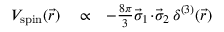
\begin{array} { r l r } { V _ { \mathrm { s p i n } } ( \vec { r } ) } & { { } \propto } & { - \frac { 8 \pi } { 3 } \vec { \sigma } _ { 1 } \! \cdot \! \vec { \sigma } _ { 2 } \, \delta ^ { ( 3 ) } ( \vec { r } ) } \end{array}